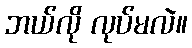
ဘယ်လို လုပ်မလဲ။